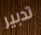
تدبير